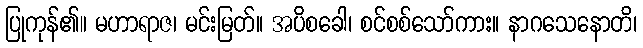
ပြုကုန်၏။ မဟာရာဇ၊ မင်းမြတ်။ အပိစခေါ၊ စင်စစ်သော်ကား။ နာဂသေနောတိ၊